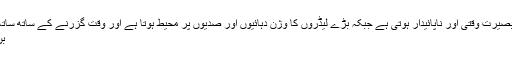
عام لیڈروں کی بصیرت وقتی اور ناپائیدار ہوتی ہے جبکہ بڑے لیڈروں کا وژن دہائیوں اور صدیوں پر محیط ہوتا ہے اور وقت گزرنے کے ساتھ ساتھ طاقتور سچائی
بن کر ابھرتا ہے۔